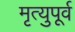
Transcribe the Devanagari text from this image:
मृत्युपूर्व